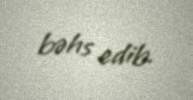
bəhs edib.